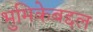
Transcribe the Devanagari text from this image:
भुमिकेबद्दल